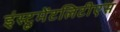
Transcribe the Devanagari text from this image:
इंस्ट्रूमेंटलिटीएस